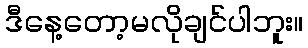
ဒီနေ့တော့မလိုချင်ပါဘူး။